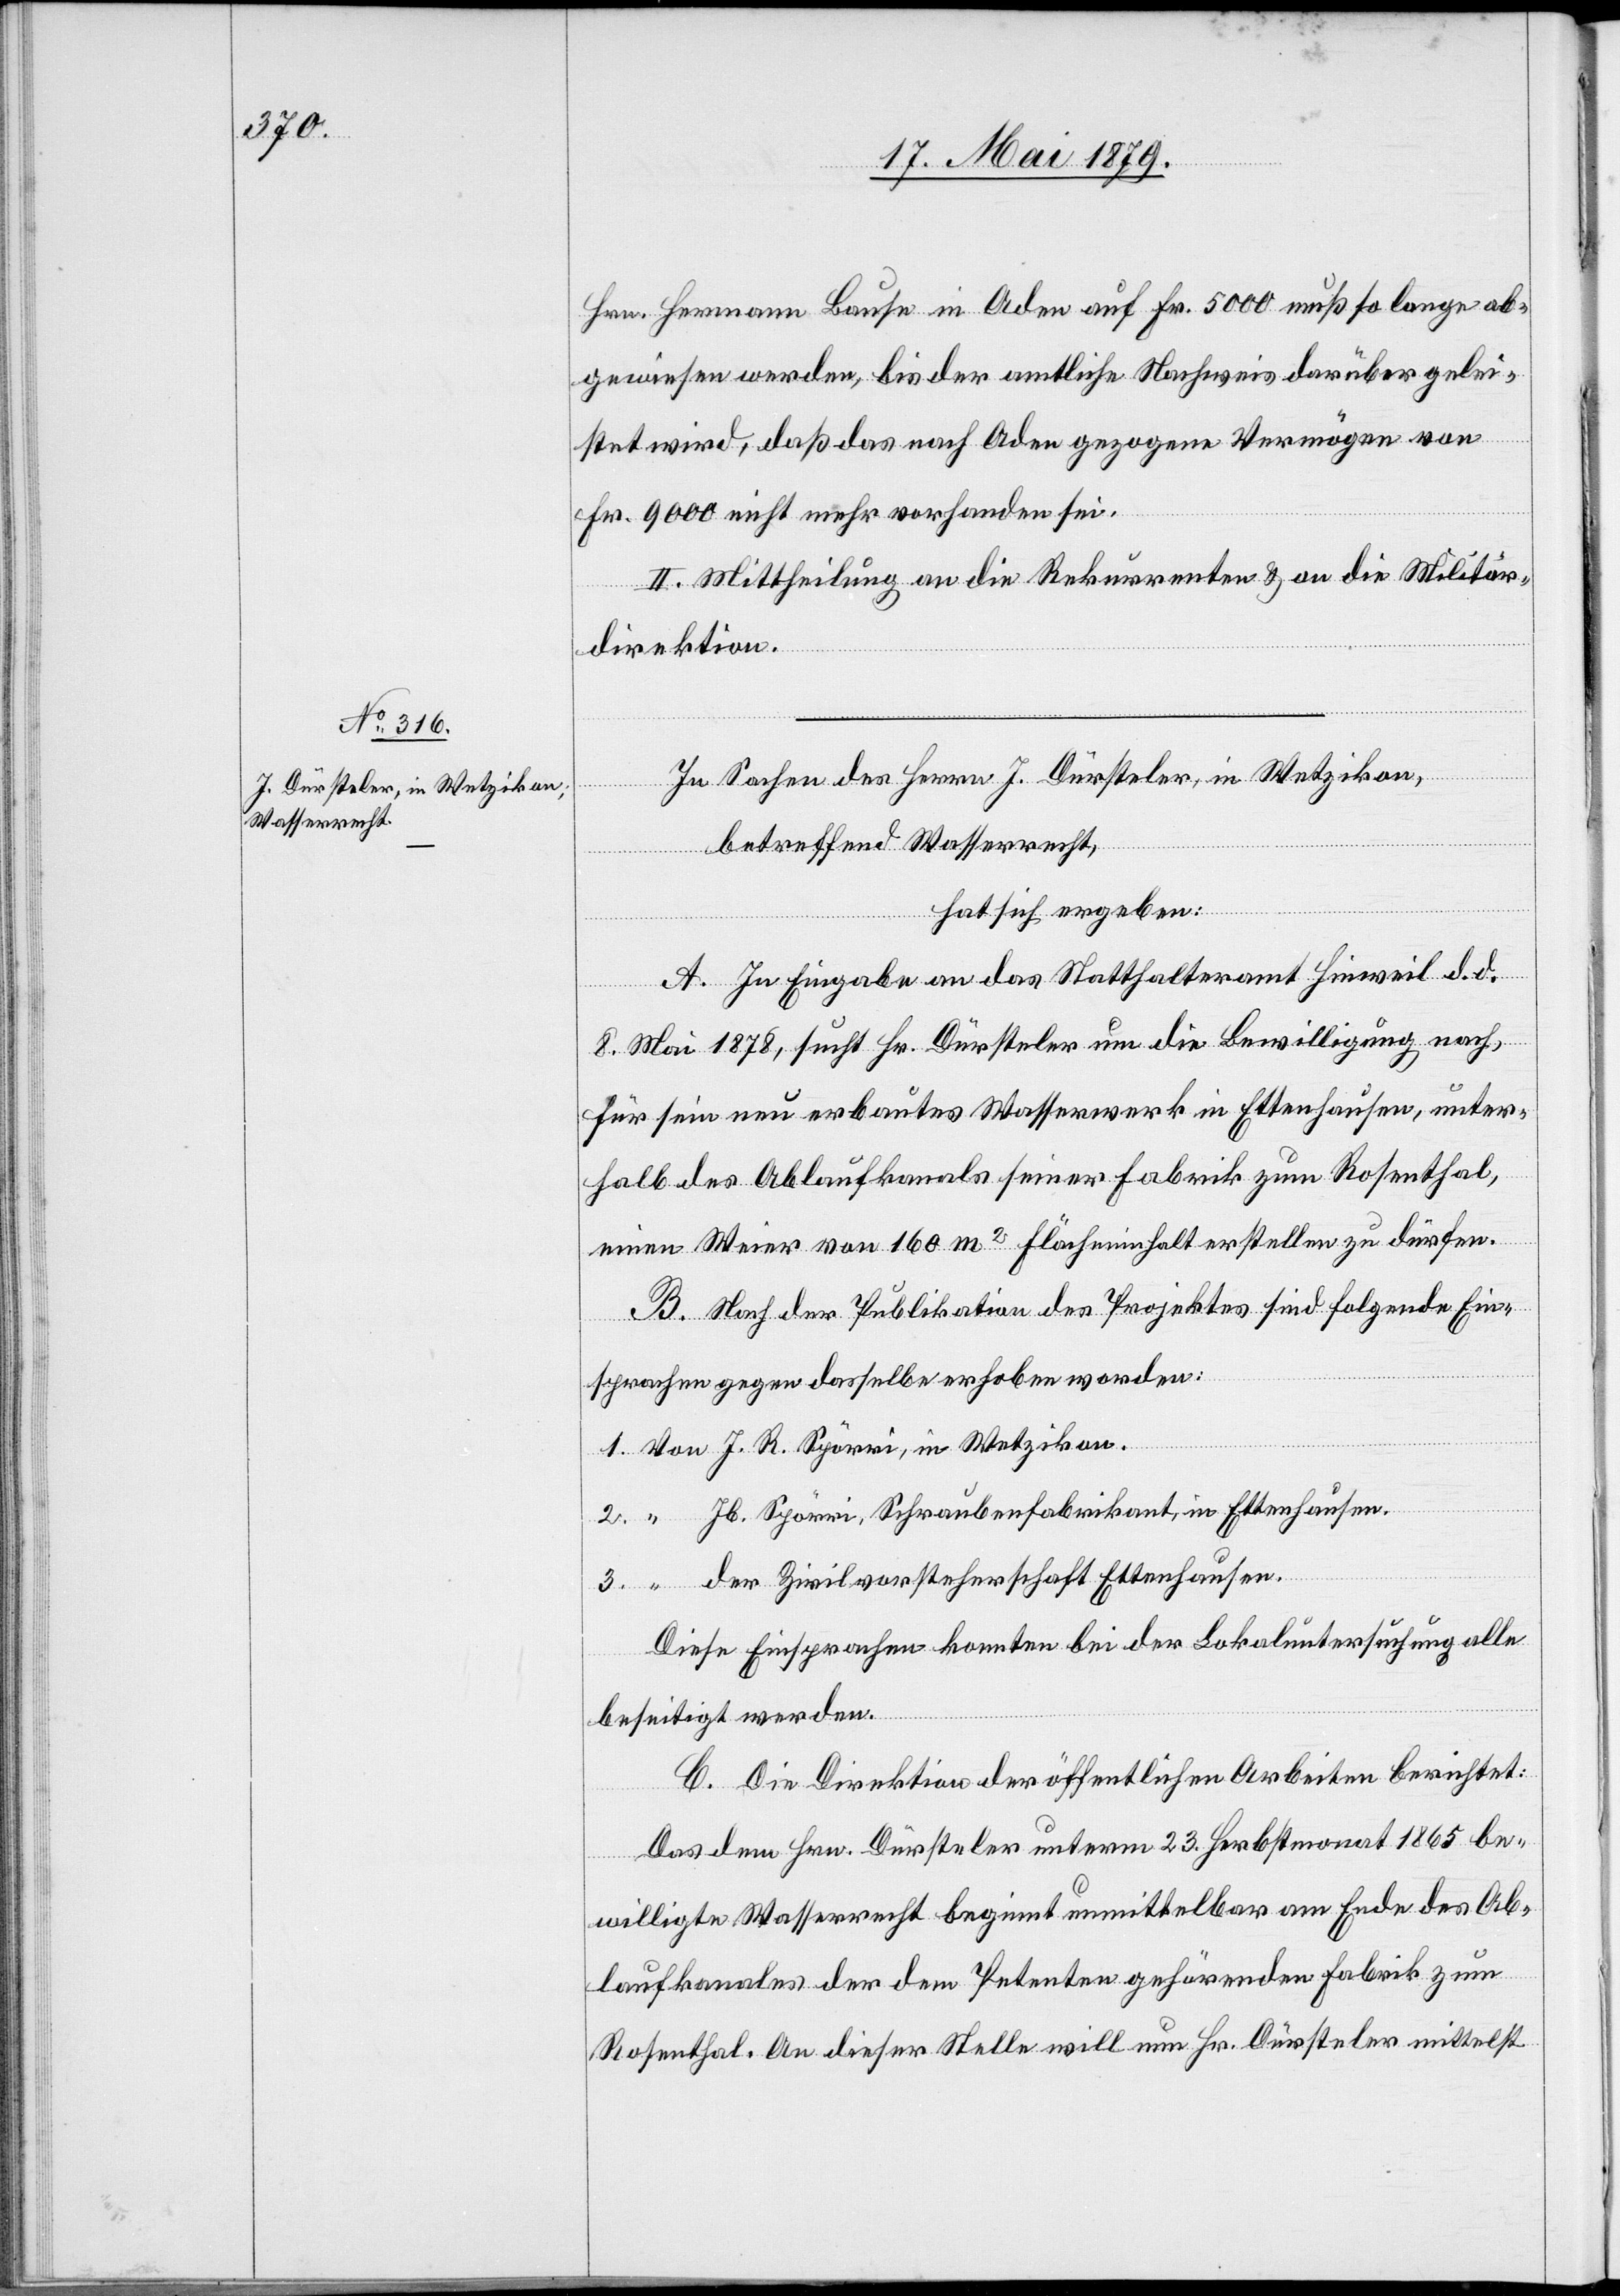
3.

Hrn. Hermann Bause in Aden auf Fr. 5000 muß so lange ab¬
gewiesen werden, bis der amtliche Nachweis darüber gelei¬
stet wird, daß das nach Aden gezogene Vermögen von
Fr. 9000 nicht mehr vorhanden sei.
II. Mittheilung an die Rekurrenten & an die Militär¬
direktion.
In Sachen des Herrn J. Dürsteler, in Wetzikon,
betreffend Wasserrecht,
hat sich ergeben:
A. In Eingabe an das Statthalteramt Hinweil d. d.
8. Mai 1878, sucht Hr. Dürsteler um die Bewilligung nach,
für sein neu erbautes Wasserwerk in Ettenhausen, unter¬
halb des Ablaufkanals seiner Fabrik zum Rosenthal,
einen Weier von 160 m2 Flächeninhalt erstellen zu dürfen.
B. Nach der Publikation des Projektes sind folgende Ein¬
sprachen gegen dasselbe erhoben worden:
1. Von J. R. Spörri, in Wetzikon.
Jb. Spörri, Schraubenfabrikant, in Ettenhausen.
“
der Zivilvorsteherschaft Ettenhausen.
Diese Einsprachen konnten bei der Lokaluntersuchung alle
beseitigt werden.
C. Die Direktion der öffentlichen Arbeiten berichtet:
Das dem Hrn. Dürsteler unterm 23. Herbstmonat 1865 be¬
willigte Wasserrecht beginnt unmittelbar am Ende des Ab¬
laufkanales der dem Petenten gehörenden Fabrik zum
Rosenthal. An dieser Stelle will nun Hr. Dürsteler mittelst